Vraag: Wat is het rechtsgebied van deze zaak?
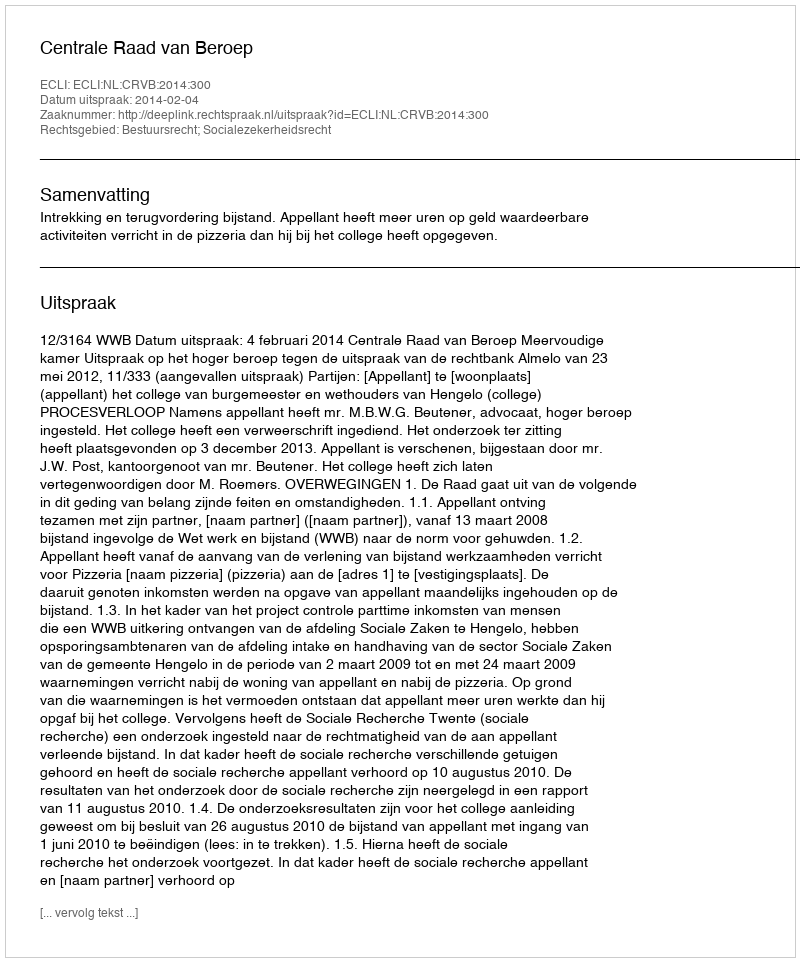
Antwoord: Bestuursrecht; Socialezekerheidsrecht